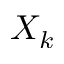
X _ { k }